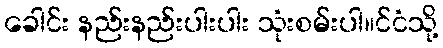
ခေါင်း နည်းနည်းပါးပါး သုံးစမ်းပါ။င်ငံသို့